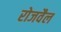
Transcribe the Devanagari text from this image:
रोजवैल